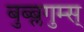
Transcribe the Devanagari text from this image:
बुब्ब्लगुम्स्